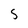
Character: 5